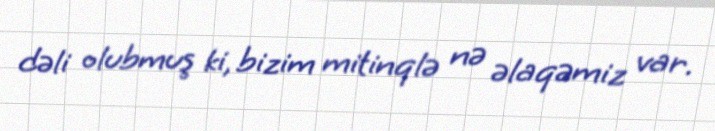
dəli olubmuş ki, bizim mitinqlə nə əlaqəmiz var.